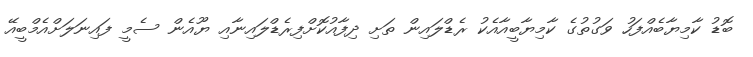
ބޮޑު ކާމިޔާބެއްފަހު ވަގުތުގެ ކާމިޔާބީއާއެކު ރެޑްލައިން ތަށި ދިފާއުކޮށްފިރެޑްލައިނާއި ޔޫއެން ސެމީ ފައިނަލަށްއެމްބީއޭ